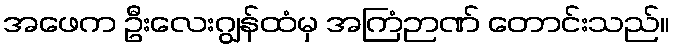
အဖေက ဦးလေးဂျွန်ထံမှ အကြံဉာဏ် တောင်းသည်။